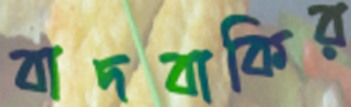
বাদবাকির